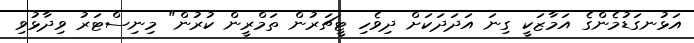
އަޅުނގަޑުމެންގެ އަމާޒަކީ ގިނަ އަދަދަކަށް ދިވެހި ޓީޗަރުން ތަމްރީން ކުރުން" މިނިސްޓަރު ވިދާޅުވި